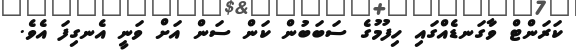
ކަރަންޓް ވާގަނޑެއްގައި ހިފުމުގެ ސަބަބުން ކަން ސަން އަށް ވަނީ އެނގިފަ އެވެ.